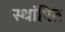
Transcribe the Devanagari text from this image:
स्थांपित